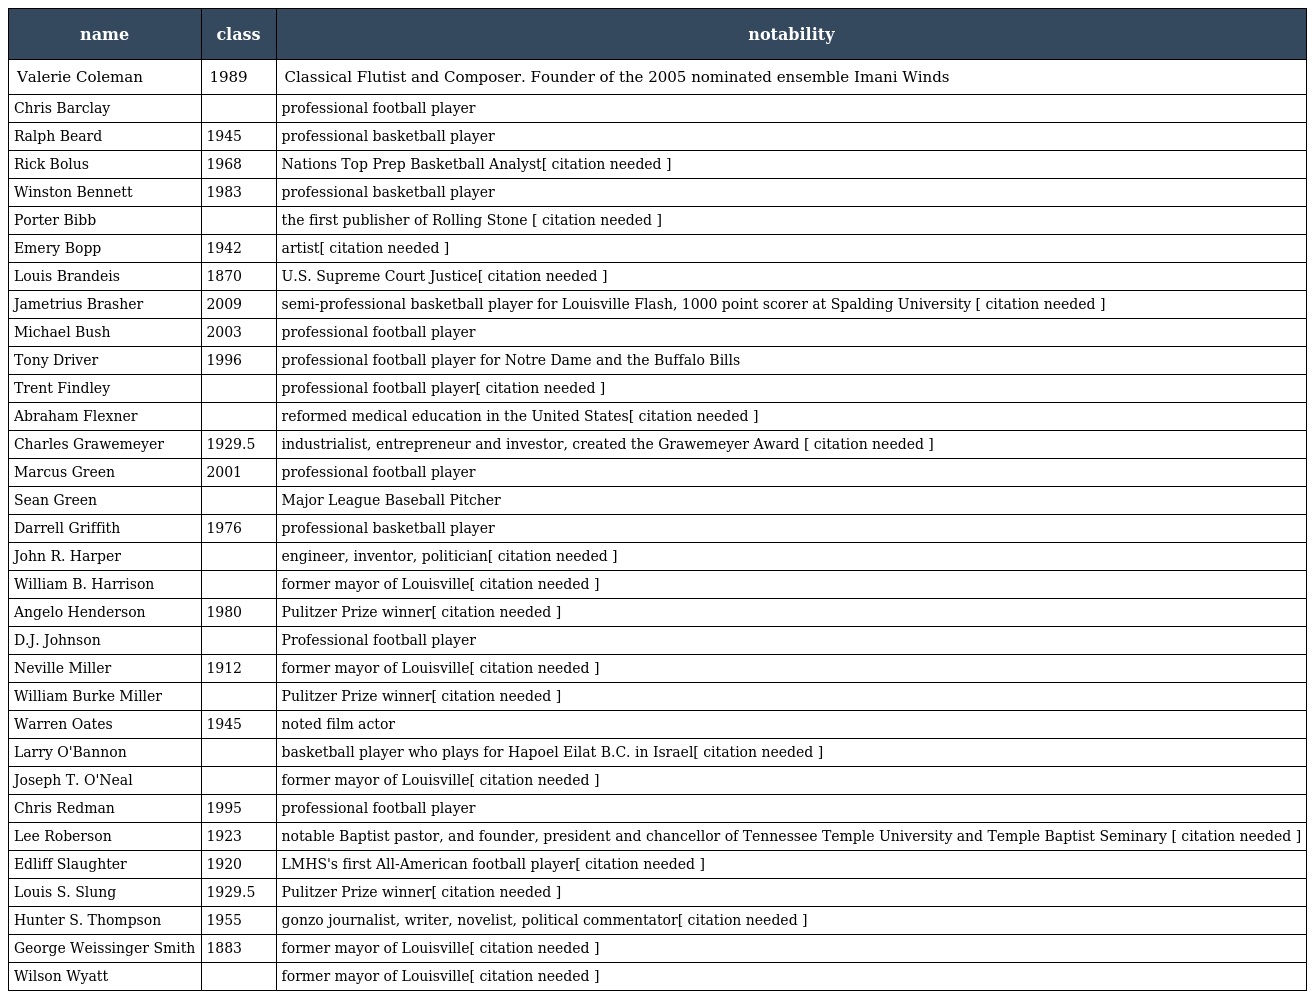
| name | class | notability |
 | --- | --- | --- |
 | Valerie Coleman | 1989 | Classical Flutist and Composer. Founder of the 2005 nominated ensemble Imani Winds |
 | Chris Barclay |  | professional football player |
 | Ralph Beard | 1945 | professional basketball player |
 | Rick Bolus | 1968 | Nations Top Prep Basketball Analyst[ citation needed ] |
 | Winston Bennett | 1983 | professional basketball player |
 | Porter Bibb |  | the first publisher of Rolling Stone [ citation needed ] |
 | Emery Bopp | 1942 | artist[ citation needed ] |
 | Louis Brandeis | 1870 | U.S. Supreme Court Justice[ citation needed ] |
 | Jametrius Brasher | 2009 | semi-professional basketball player for Louisville Flash, 1000 point scorer at Spalding University [ citation needed ] |
 | Michael Bush | 2003 | professional football player |
 | Tony Driver | 1996 | professional football player for Notre Dame and the Buffalo Bills |
 | Trent Findley |  | professional football player[ citation needed ] |
 | Abraham Flexner |  | reformed medical education in the United States[ citation needed ] |
 | Charles Grawemeyer | 1929.5 | industrialist, entrepreneur and investor, created the Grawemeyer Award [ citation needed ] |
 | Marcus Green | 2001 | professional football player |
 | Sean Green |  | Major League Baseball Pitcher |
 | Darrell Griffith | 1976 | professional basketball player |
 | John R. Harper |  | engineer, inventor, politician[ citation needed ] |
 | William B. Harrison |  | former mayor of Louisville[ citation needed ] |
 | Angelo Henderson | 1980 | Pulitzer Prize winner[ citation needed ] |
 | D.J. Johnson |  | Professional football player |
 | Neville Miller | 1912 | former mayor of Louisville[ citation needed ] |
 | William Burke Miller |  | Pulitzer Prize winner[ citation needed ] |
 | Warren Oates | 1945 | noted film actor |
 | Larry O'Bannon |  | basketball player who plays for Hapoel Eilat B.C. in Israel[ citation needed ] |
 | Joseph T. O'Neal |  | former mayor of Louisville[ citation needed ] |
 | Chris Redman | 1995 | professional football player |
 | Lee Roberson | 1923 | notable Baptist pastor, and founder, president and chancellor of Tennessee Temple University and Temple Baptist Seminary [ citation needed ] |
 | Edliff Slaughter | 1920 | LMHS's first All-American football player[ citation needed ] |
 | Louis S. Slung | 1929.5 | Pulitzer Prize winner[ citation needed ] |
 | Hunter S. Thompson | 1955 | gonzo journalist, writer, novelist, political commentator[ citation needed ] |
 | George Weissinger Smith | 1883 | former mayor of Louisville[ citation needed ] |
 | Wilson Wyatt |  | former mayor of Louisville[ citation needed ] |